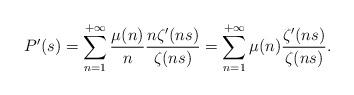
LaTeX: \begin{align*} P^\prime(s)=\sum_{n=1}^{+\infty} \frac{\mu(n)}{n} \frac{n\zeta^\prime(ns)}{\zeta(ns)}=\sum_{n=1}^{+\infty} \mu(n) \frac{\zeta^\prime(ns)}{\zeta(ns)}.\end{align*}